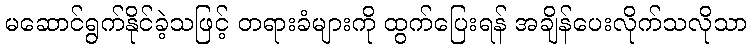
မဆောင်ရွက်နိုင်ခဲ့သဖြင့် တရားခံများကို ထွက်ပြေးရန် အချိန်ပေးလိုက်သလိုသာ